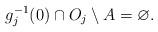
LaTeX: \begin{align*}g_j^{-1}(0)\cap O_j\setminus A=\varnothing.\end{align*}